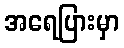
အရေပြားမှာ